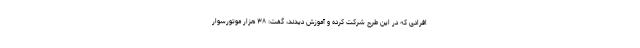
افرادی که در این طرح شرکت کرده و آموزش دیدند، گفت: ۳۸ هزار موتورسوار